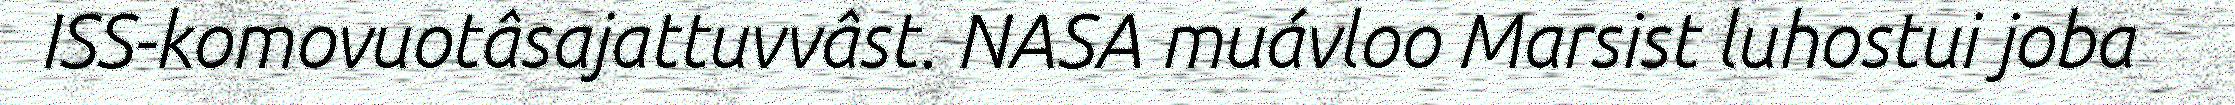
ISS-komovuotâsajattuvvâst. NASA muávloo Marsist luhostui joba